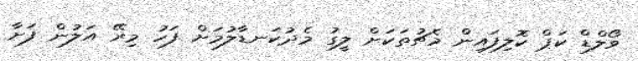
ވޯލްޑް ކަޕް ކޮލިފައިން މެޗުތަކަށް ލީގު މެދުކަނޑާލުމަށް ފަހު މިރޭ އަލުން ފަށާ